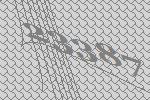
23387